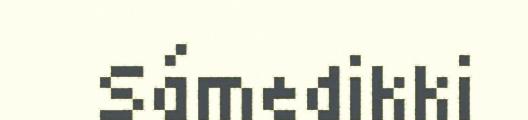
Sámedikki